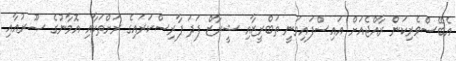
އެބޭސްވެރިކަން ރާއްޖެއަށް އައިސްފައިވަނީ ތަބްރީޒާއި ޝީރާޒް ފަދަ ފާރިސްކަރައިގެ ރަށްތަކާއި އޮމާނުގެ ޞޫރުއާއި